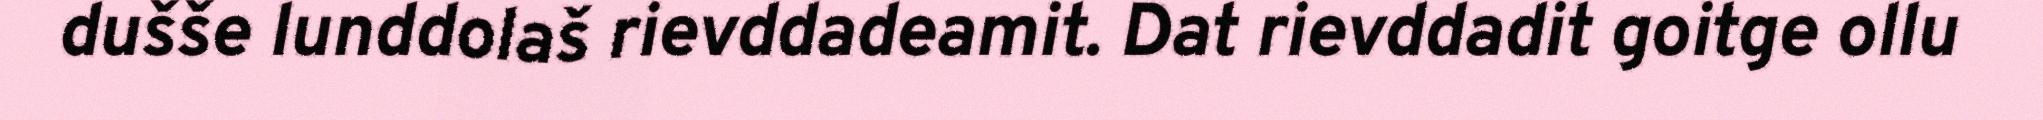
dušše lunddolaš rievddadeamit. Dat rievddadit goitge ollu